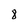
Character: 8